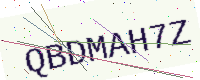
Text: QBDMAH7Z